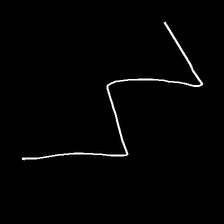
Glyph: crush